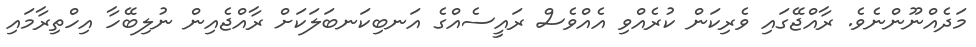
މަދެއްނޫންނެވެ. ރާއްޖޭގައި ވެރިކަން ކުރެއްވި އެއްވެސް ރައީސެއްގެ އަނބިކަނބަލަކަށް ރާއްޖެއިން ނުލިބޭހާ އިހްތިރާމައި